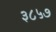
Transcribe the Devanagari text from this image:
३८५७